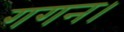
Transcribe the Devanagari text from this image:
गगन।